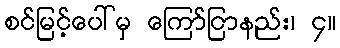
စင်မြင့်ပေါ်မှ ကြော်ငြာနည်း၊ ၄။